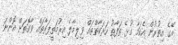
އޭގެ އިތުރުން އެކަމާ ގުޅޭ ތަފާތު ހަރަކާތްތައް ވިލިމާލެ އިރުމަތީފަރާތައް ވާގޮތަށް އޮންނަ